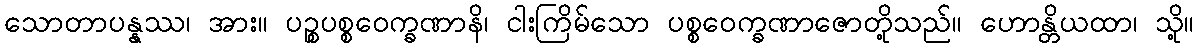
သောတာပန္နဿ၊ အား။ ပဉ္စပစ္စဝေက္ခဏာနိ၊ ငါးကြိမ်သော ပစ္စဝေက္ခဏာဇောတို့သည်။ ဟောန္တိယထာ၊ သို့။